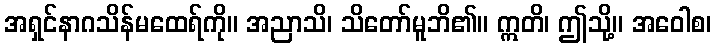
အရှင်နာဂသိန်မထေရ်ကို။ အညာသိ၊ သိတော်မူဘိ၏။ ဣတိ၊ ဤသို့။ အဝေါစ၊